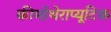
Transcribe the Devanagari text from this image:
कीमोथेराप्यूटिक